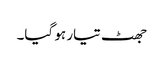
جھٹ تیار ہو گیا۔